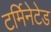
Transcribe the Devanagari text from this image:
टर्मिनेटेड